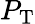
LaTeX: P_{\mathrm{T}}